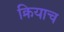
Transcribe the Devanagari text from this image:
क्रियाच